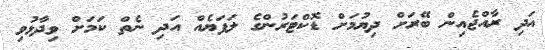
އަދި ރާއްޖެއިން ބޭރަށް ދިޔުމަށް ޑޮކްޓަރުންގެ ލަފަޔެއް އަދި ނެތް ކަމަށް ވިދާޅުވި